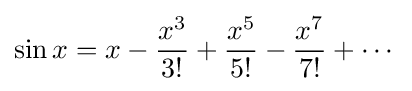
\sin x=x-{\frac {x^{3}}{3!}}+{\frac {x^{5}}{5!}}-{\frac {x^{7}}{7!}}+\cdots